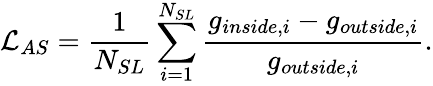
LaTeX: \mathcal{L}_{AS}=\frac{1}{N_{SL}}\sum_{i=1}^{N_{SL}}\frac{g_{inside,i}-g_{outside,i}}{g_{outside,i}}.